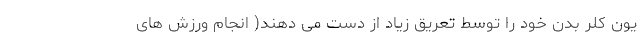
یون کلر بدن خود را توسط تعریق زیاد از دست می دهند( انجام ورزش های